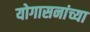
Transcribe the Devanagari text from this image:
योगासनांच्या